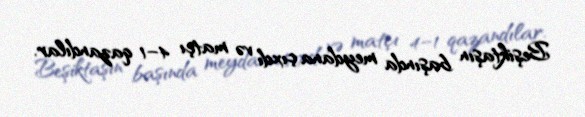
Beşiktaşın başında meydana çıxdı və matçı 4–1 qazandılar.